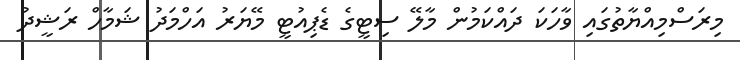
މިރަސްމިއްޔާތުގައި ވާހަކަ ދައްކަމުން މާލޭ ސިޓީގެ ޑެޕިއުޓީ މޭޔަރު އަހްމަދު ޝަމާހް ރަޝީދު